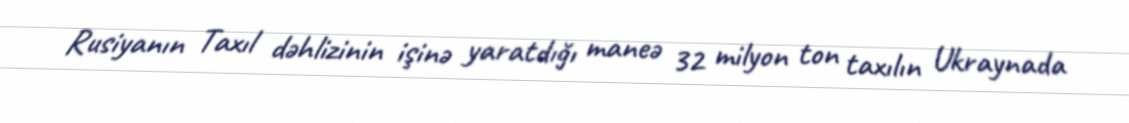
Rusiyanın Taxıl dəhlizinin işinə yaratdığı maneə 32 milyon ton taxılın Ukraynada